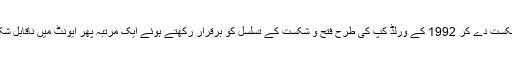
Loading… پاکستان نے ورلڈ کپ میچ میں نیوزی لینڈ کو شکست دے کر 1992 کے ورلڈ کپ کی طرح فتح و شکست کے تسلسل کو برقرار رکھتے ہوئے ایک مرتبہ پھر ایونٹ میں ناقابل شکست نیوزی لینڈ کو شکست دی۔